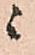
ニ